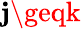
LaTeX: \mathbf{j}\geqk